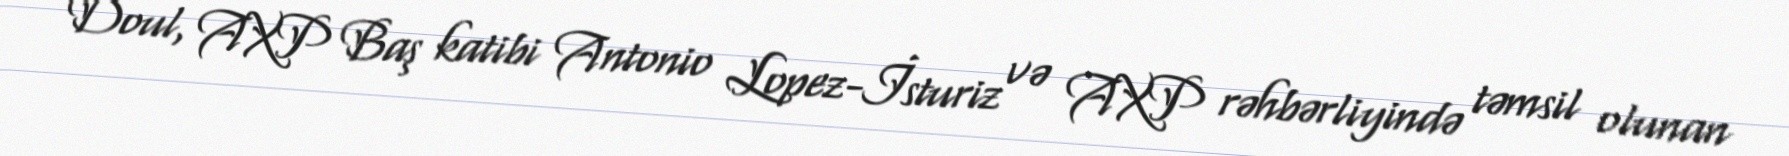
Doul, AXP Baş katibi Antonio Lopez-İsturiz və AXP rəhbərliyində təmsil olunan